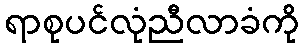
ရာစုပင်လုံညီလာခံကို